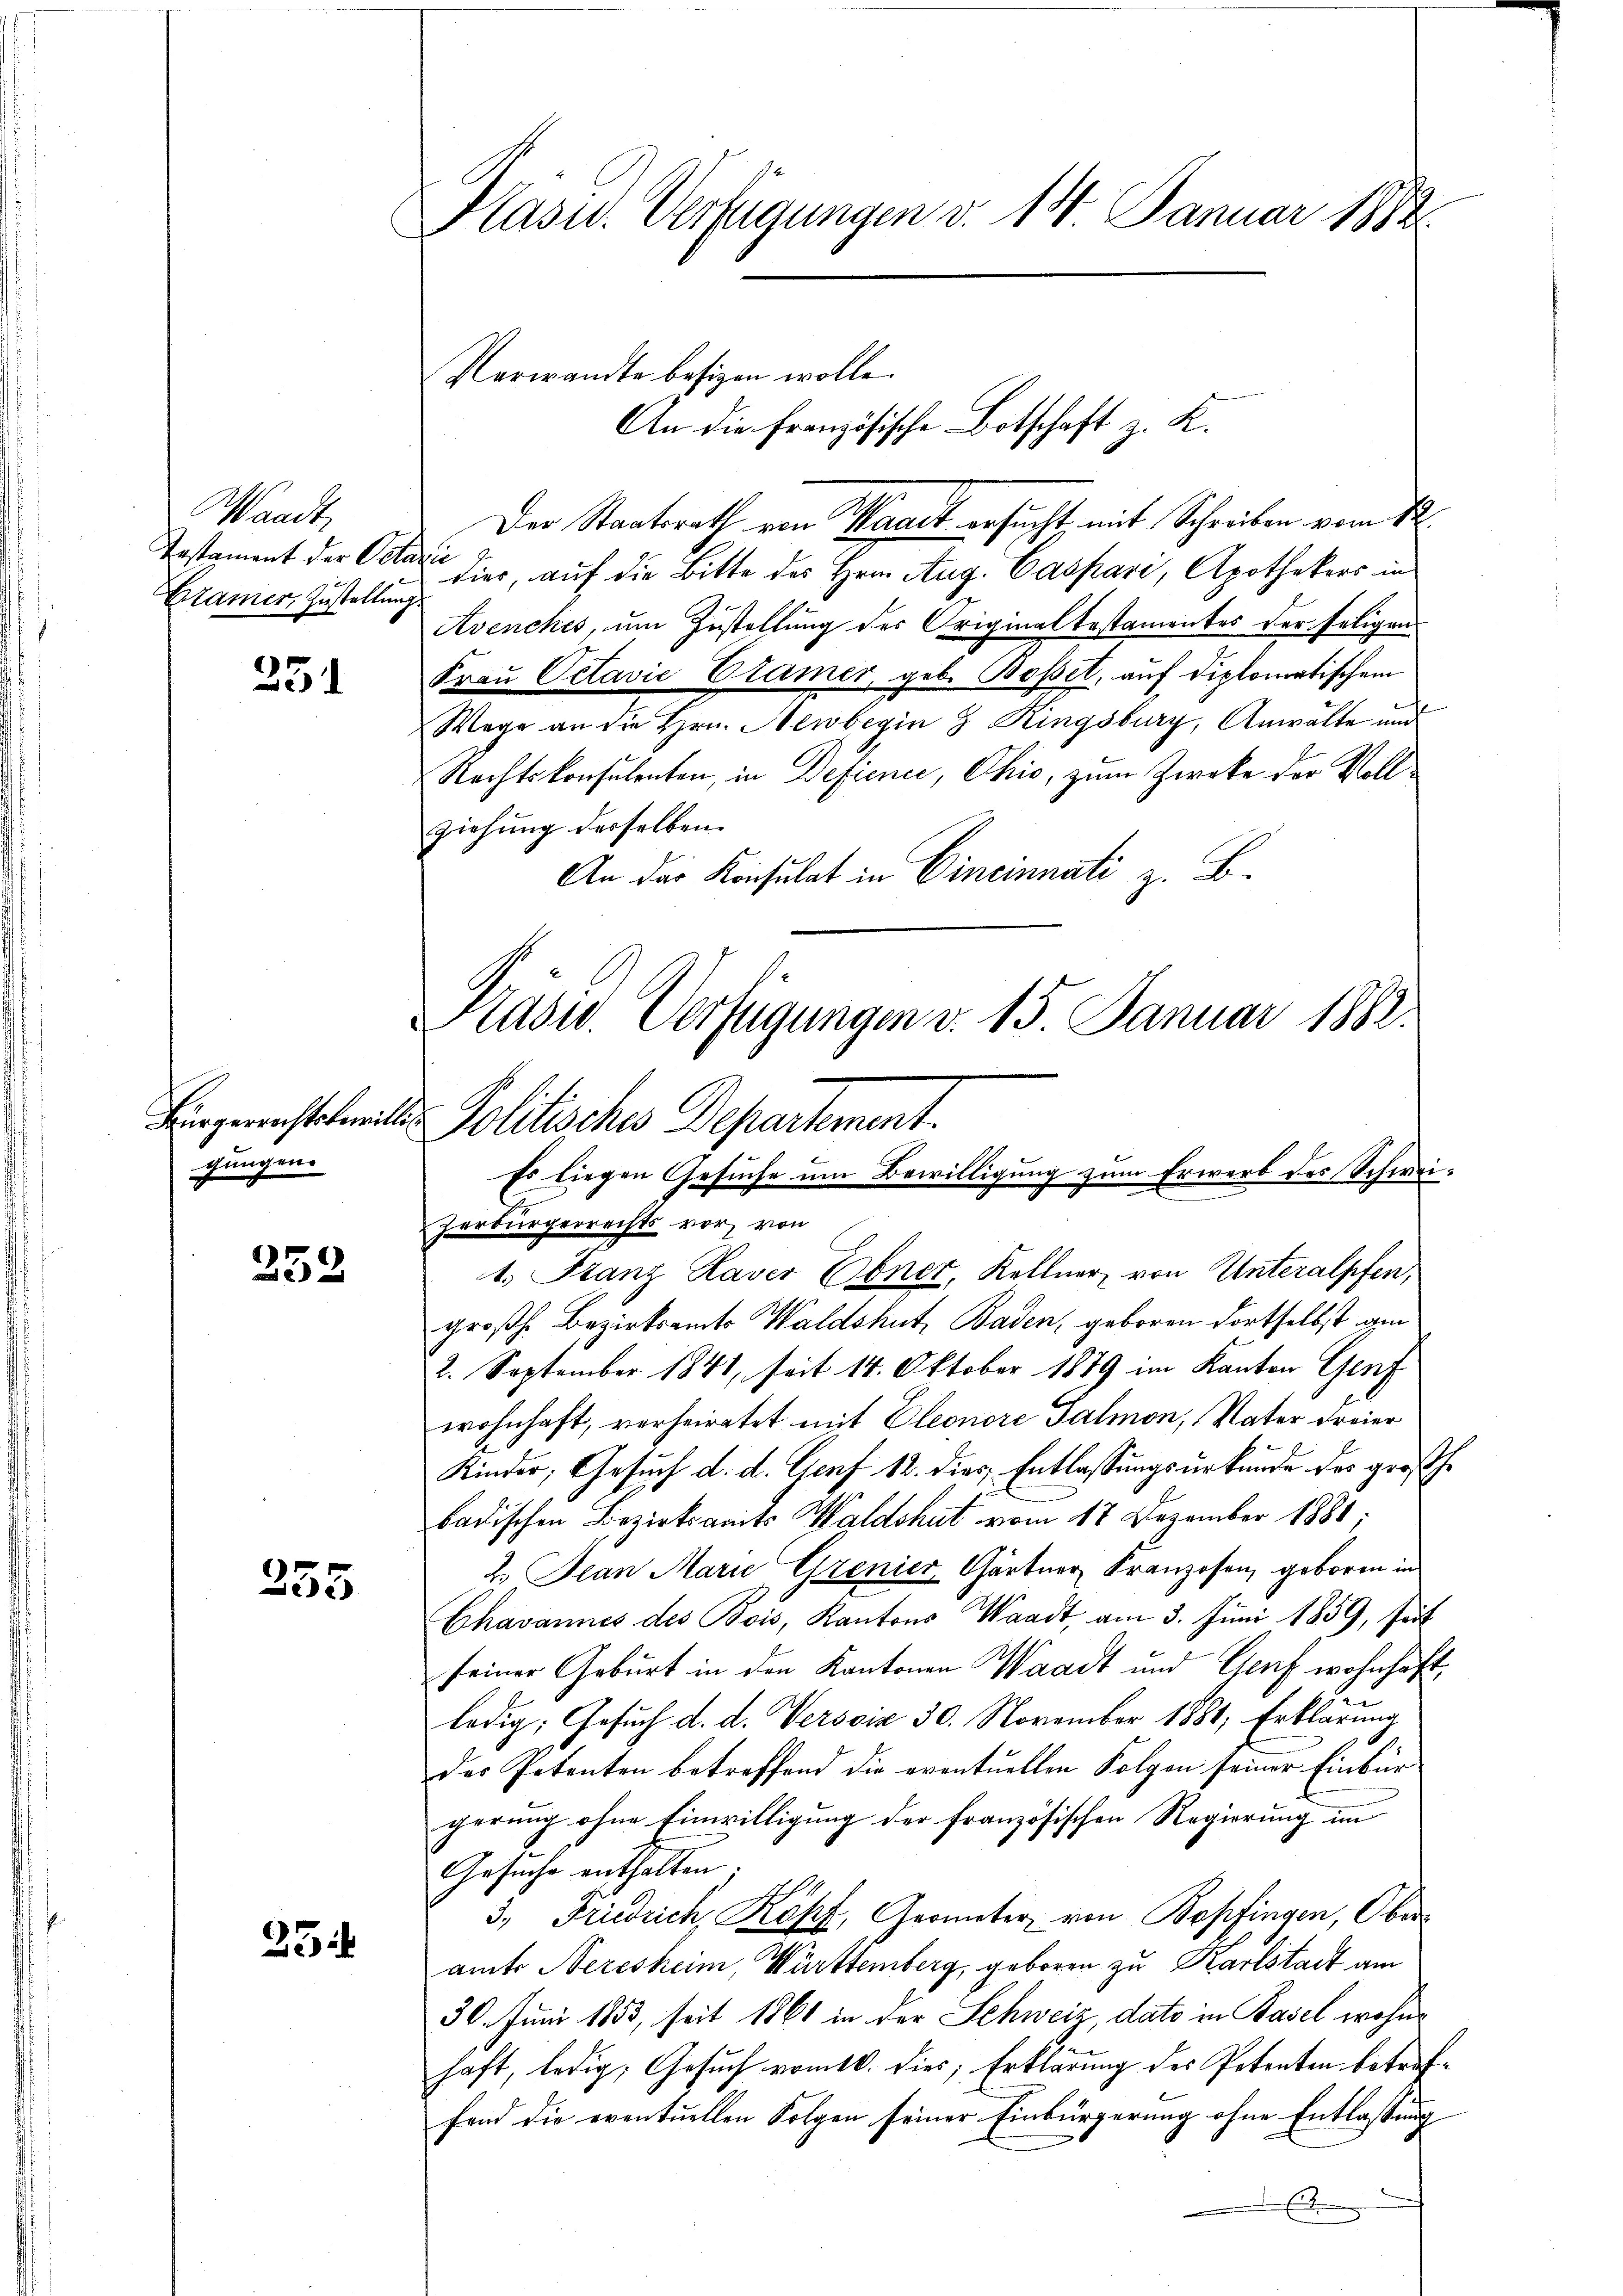
Waadt,
Testament der Orte
Bramer, Zustellung

231

gungen.

233

355

25

Klass. Verfügungen v. 14 Januar 1882.

Verwandte besizen wolle.
An die Französische Botschaft z. K.

Der Staatsrath von Waadt ersucht mit Schreiben vom 22.
h
dier, auf die Bitte des Hrn. Aug. Caspari, Apothekers in
Avenches, um Zustellung des Originaltestamentes der seligen
Frau Octavić Elamer, geb. Boßet, auf diplomatischem
Wege an die Hrn. Neubegin 3 Ringsburg, Anwälte und
Rechtskonsulenten, in Deficnić, Ohio, zum Zwecke der Vollziehung derselben.
An der Konsulat in Cincinnati z. B.

Präsid. Verfügungen v. 15. Januar 1882.
Bürgerrechteteilt. Politisches Departement.
Es liegen Gesuche um Bewilligung zum Erwerb des Schweizerbürgerrechts vor, von

1. Franz Haver Ebner, Kellner von Unteralpfen,
großh. Bezirksamts Waldshut, Baden, geboren dortselbst ain
2. September 1841, seit 14. Oktober 1879 im Kanton Genf
wohnhaft, verheiratet mit Eleonore Palmon, Vater Freier
Kinder, Gesuch d. d. Genf 12. dies, Entlassungsurkunde des großhe
badischen Bezirksamts Waldshut vom 18 Dezember 1881;
2. Jean Marie Grenier, Gärtner Franzosen, geboren in
Chavannes des Bois, Kantons Waadt, am 3. Juni 1859, seit
seiner Geburt in den Kantonen Waadt und Genf wohnhaftledig, Gesuch d. d. Versoin 30. November 1881; Erklärung
des Petenten betreffend die eventuellen Folgen seiner Einbür
gerung ohne Einwilligung der französischen Regierung im
Gesuche enthalten.
3., Friedrich Köpf, Geometer von Bopfingen, Oberamte Neresheim, Württemberg, geboren zu Karlstadt am
30. Juni 1853, seit 1861 in der Schweiz dato in Basel wohne
haft, ledig: Gesuch vom 16. dies; Erklärung des Petenten betreffend die eventuellen Folgen seiner Einbürgerung ohne Entlassung
E